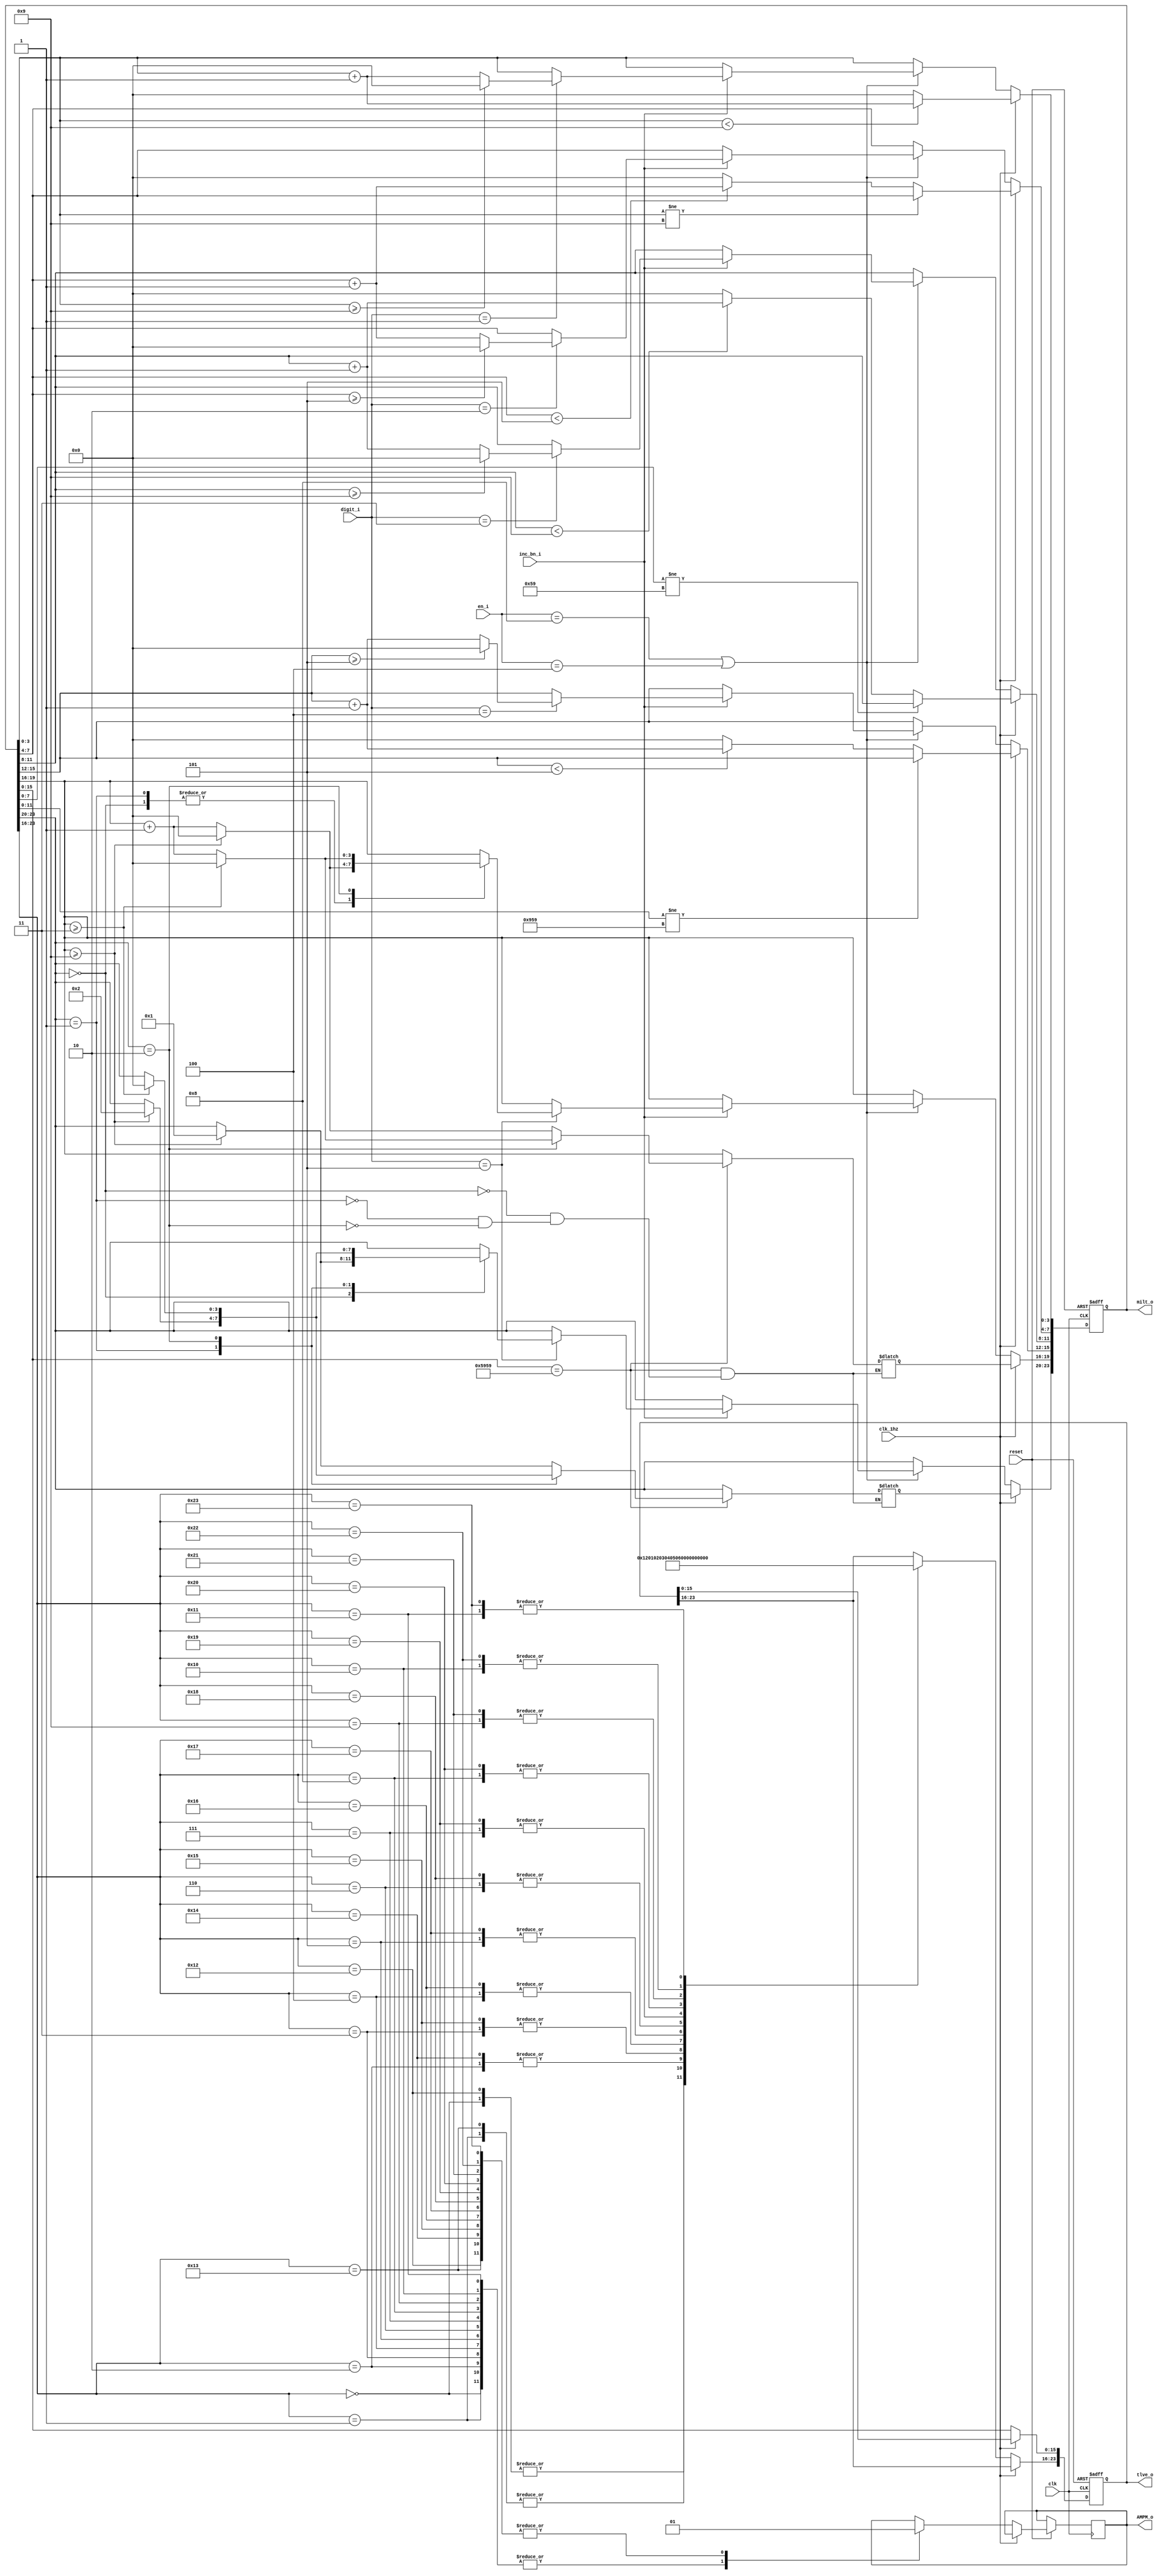
`timescale 1ns / 1ps

module clock_12_24(
    clk,//clock
    clk_1hz,
    reset, //reset
    en_i, //enable
    digit_i,//button for shifting digit select
    inc_bn_i,//button for incrementing
    tlve_o, //twelve hour time
    milt_o, //24 hr/military time
    AMPM_o
    );
    input clk, clk_1hz, reset, inc_bn_i; 
    input [3:0] en_i;
    input [2:0] digit_i;
    output reg [23:0] tlve_o, milt_o;
    output reg AMPM_o;
    reg [23:0] tlve_next,milt_next;
    
    always@(posedge clk or negedge reset)begin
        if(!reset)begin
            tlve_o = 24'b000000000000000000000000;
            milt_o = 24'b000000000000000000000000;
        end else if(clk_1hz == 1'b1) begin
            milt_o = milt_next;
        end else begin 
            if (en_i == 4'b1000 || en_i == 4'b0100)begin
                if (inc_bn_i == 1'b1)begin
                    case(digit_i)
                        3'b001:begin
                            if(milt_o[3:0] >= 4'b1001)begin
                                milt_o[3:0] <= 4'b0000;
                            end else begin
                                milt_o[3:0] <= milt_o[3:0] + 1'b1;  
                            end
                        end // Button for seconds
                        3'b010:begin
                            if(milt_o[7:4] >= 4'b0101)begin
                                milt_o[7:4] <= 4'b0000;
                            end else begin
                                milt_o[7:4] <= milt_o[7:4] + 1'b1; 
                            end
                        end//Button for tens of seconds
                        3'b011:begin
                            if(milt_o[11:8] >= 4'b1001)begin
                                milt_o[11:8] <= 4'b0000;
                            end else begin
                                milt_o[11:8] <= milt_o[11:8] + 1'b1;  
                            end
                        end//Button for minutes
                        3'b100:begin
                            if(milt_o[15:12] >= 4'b0101)begin
                                milt_o[15:12] <= 4'b0000;
                            end else begin
                                milt_o[15:12] <= milt_o[15:12] + 1'b1; 
                            end
                        end // Assign military time to the right places
                        3'b101:
                        begin
                            case (milt_o[23:20])
                                4'b0000:begin
                                    if (milt_o[19:16] >= 4'b1001) begin
                                        milt_o[23:16] <= 8'b00010000;
                                    end else begin
                                        milt_o[19:16] <= milt_o[19:16] + 1'b1;
                                        milt_o[23:20] <= milt_o[23:20];
                                    end
                                end
                                4'b0001:begin
                                    if (milt_o[19:16] >= 4'b1001) begin
                                        milt_o[23:16] <= 8'b00100000;
                                    end else begin
                                        milt_o[19:16] <= milt_o[19:16] + 1'b1;
                                        milt_o[23:20] <= milt_o[23:20];
                                    end
                                end
                                4'b0010:begin
                                    if (milt_o[19:16] >= 4'b0011) begin
                                        milt_o[23:16] <= 8'b00000000;
                                    end else begin
                                        milt_o[19:16] <= milt_o[19:16] + 1'b1;
                                        milt_o[23:20] <= milt_o[23:20];
                                    end
                                end
                            endcase// Hours
                        end
                    endcase
                end
            end
            
            tlve_o[15:0] <= milt_o[15:0];//Assign twelve hour time same as military
            
            case(milt_o[23:16]) //Hardcoded hour conversion LOL
                8'b00000000:begin
                    tlve_o [23:16]<= 8'b00010010;
                    AMPM_o <= 1'b0;
                end//0
                8'b00000001:begin//1
                    tlve_o [23:16]<= 8'b0000001;
                    AMPM_o <= 1'b0;
                end
                8'b00000010:begin//2
                    tlve_o [23:16]<= 8'b00000010;
                    AMPM_o <= 1'b0;
                end
                8'b00000011:begin
                    tlve_o [23:16]<= 8'b00000011;
                    AMPM_o <= 1'b0;
                end//3
                8'b00000100:begin
                    tlve_o [23:16]<= 8'b00000100;
                    AMPM_o <= 1'b0;
                end//4
                8'b00000101:begin
                    tlve_o [23:16]<= 8'b00000101;
                    AMPM_o <= 1'b0;
                end//5
                8'b00000110:begin
                    tlve_o [23:16]<= 8'b00000110;
                    AMPM_o <= 1'b0;
                end//6
                8'b00000111:begin
                    tlve_o [23:16]<= 8'b00000111;
                    AMPM_o <= 1'b0;
                end//7
                8'b00001000:begin
                    tlve_o [23:16]<= 8'b00001000;
                    AMPM_o <= 1'b0;
                end//8
                8'b00001001:begin
                    tlve_o [23:16]<= 8'b00001001;
                    AMPM_o <= 1'b0;
                end//9
                8'b00010000:begin
                    tlve_o [23:16]<= 8'b00010000;
                    AMPM_o <= 1'b0;
                end//10
                8'b00010001:begin
                    tlve_o [23:16]<= 8'b00010001;
                    AMPM_o <= 1'b0;
                end//11
                8'b00010010:begin
                    tlve_o [23:16]<= 8'b00010010;
                    AMPM_o <= 1'b1;
                end//12
                8'b00010011:begin
                    tlve_o [23:16]<= 8'b00000001;
                    AMPM_o <= 1'b1;
                end//13
                8'b00010100:begin
                    tlve_o [23:16]<= 8'b00000010;
                    AMPM_o <= 1'b1;
                end//14
                8'b00010101:begin
                    tlve_o [23:16]<= 8'b00000011;
                    AMPM_o <= 1'b1;
                end//15
                8'b00010110:begin
                    tlve_o [23:16]<= 8'b00000100;
                    AMPM_o <= 1'b1;
                end//16
                8'b00010111:begin
                    tlve_o [23:16]<= 8'b00000101;
                    AMPM_o <= 1'b1;
                end//17
                8'b00011000:begin
                    tlve_o [23:16]<= 8'b00000110;
                    AMPM_o <= 1'b1;
                end//18
                8'b00011001:begin
                    tlve_o [23:16]<= 8'b00000111;
                    AMPM_o <= 1'b1;
                end//19
                8'b00100000:begin
                    tlve_o [23:16]<= 8'b00001000;
                    AMPM_o <= 1'b1;
                end//20
                8'b00100001:begin
                    tlve_o [23:16]<= 8'b00001001;
                    AMPM_o <= 1'b1;
                end//21
                8'b00100010:begin
                    tlve_o [23:16]<= 8'b00010000;
                    AMPM_o <= 1'b1;
                end//22
                8'b00100011:begin
                    tlve_o [23:16]<= 8'b00010001;
                    AMPM_o <= 1'b1;
                end//23
            endcase // Update the twelve hours to military hours. 
        end    
    end

    always@(*) begin //Combinational logic for the time. 
        if(milt_o[3:0] < 4'b1001)begin
            milt_next[3:0] <= milt_o[3:0] + 1'b1;
        end else begin
            milt_next[3:0] <= 4'b0000;
        end
        
        if(milt_o[3:0] != 4'b1001)begin
            milt_next[7:4] <= milt_o[7:4];
        end else if(milt_o[7:4] < 4'b0101) begin
            milt_next[7:4] <= milt_o[7:4] + 1'b1;
        end else begin
            milt_next[7:4] <= 4'b0000;
        end
        
        if(milt_o[7:0] != 8'b01011001)begin
            milt_next[11:8] <= milt_o[11:8];
        end else if(milt_o[11:8] < 4'b1001) begin
            milt_next[11:8] <= milt_o[11:8] + 1'b1;
        end else begin
            milt_next[11:8] <= 4'b0000;
        end
        
        if(milt_o[11:0] != 12'b100101011001)begin
            milt_next[15:12] <= milt_o[15:12];
        end else if(milt_o[15:12] < 4'b0101) begin
            milt_next[15:12] <= milt_o[15:12] + 1'b1;
        end else begin
            milt_next[15:12] <= 4'b0000;
        end
        
        if(milt_o[15:0] == 16'b0101100101011001) begin   
            case (milt_o[23:20])
                4'b0000:begin
                    if (milt_o[19:16] >= 4'b1001) begin
                        milt_next[23:16] <= 8'b00010000;
                    end else begin
                        milt_next[19:16] <= milt_o[19:16] + 1'b1;
                        milt_next[23:20] <= milt_o[23:20];
                    end
                end
                4'b0001:begin
                    if (milt_o[19:16] >= 4'b1001) begin
                        milt_next[23:16] <= 8'b00100000;
                    end else begin
                        milt_next[19:16] <= milt_o[19:16] + 1'b1;
                        milt_next[23:20] <= milt_o[23:20];
                    end
                end
                4'b0010:begin
                    if (milt_o[19:16] >= 4'b0011) begin
                        milt_next[23:16] <= 8'b00000000;
                    end else begin
                        milt_next[19:16] <= milt_o[19:16] + 1'b1;
                        milt_next[23:20] <= milt_o[23:20];
                    end
                end
            endcase
            
        end else begin
            milt_next[23:16] <= milt_o[23:16];
        end
    end
endmodule